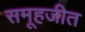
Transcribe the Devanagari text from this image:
समूहजीत